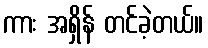
ကား အရှိန် တင်ခဲ့တယ်။